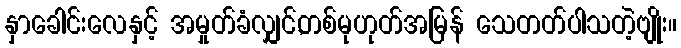
နှာခေါင်းလေနှင့် အမှုတ်ခံလျှင်,တစ်မုဟုတ်အမြန် သေတတ်ပါသတဲ့ဗျိုး။